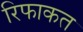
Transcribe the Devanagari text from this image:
रिफाकत